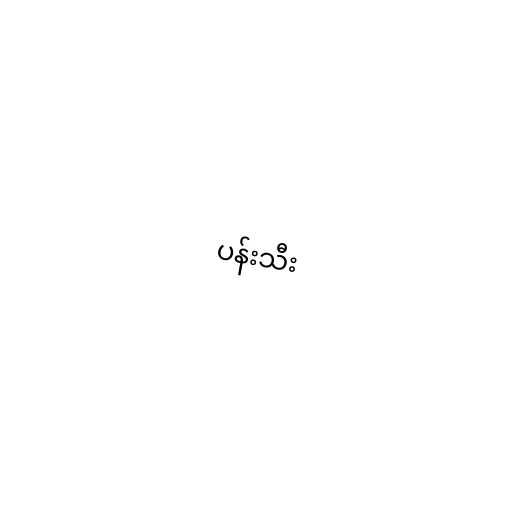
ပန်းသီး